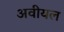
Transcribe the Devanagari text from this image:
अवीयल